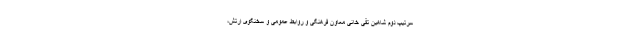
سرتیپ دوم شاهین تقی خانی معاون فرهنگی و روابط عمومی و سخنگوی ارتش،